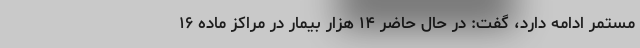
مستمر ادامه دارد، گفت: در حال حاضر ۱۴ هزار بیمار در مراکز ماده ۱۶